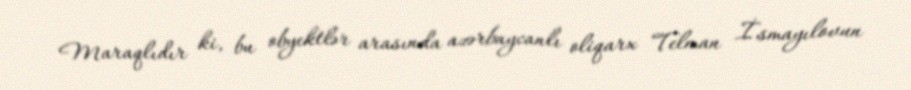
Maraqlıdır ki, bu obyektlər arasında azərbaycanlı oliqarx Telman İsmayılovun